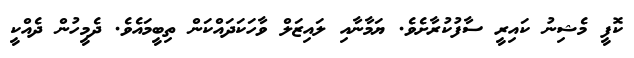
ކޮފީ މެޝިނު ކައިރީ ސާފުކުރާށެވެ. ޔަމާނާއި ލައިޒަލް ވާހަކަދައްކަން ތިބީމައެވެ. ދެމީހުން ދެއްކީ